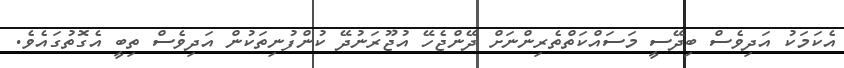
އެކަމަކު އަދިވެސް ބިދޭސީ މަސައްކަތްތެރިންނަށް ދޭންޖެހޭ އުޖޫރަނުދޭ ކުންފުނިތަކުން އަދިވެސް ތިބީ އެގޮތުގައެވެ.